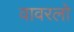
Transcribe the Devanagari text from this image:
वावरलो